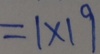
= 1 \times 1 9